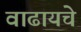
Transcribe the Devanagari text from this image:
वाढायचे